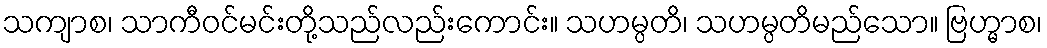
သကျာစ၊ သာကီဝင်မင်းတို့သည်လည်းကောင်း။ သဟမ္ပတိ၊ သဟမ္ပတိမည်သော။ ဗြဟ္မာစ၊